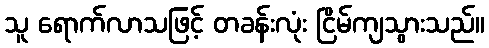
သူ ရောက်လာသဖြင့် တခန်းလုံး ငြိမ်ကျသွားသည်။